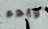
وبدء